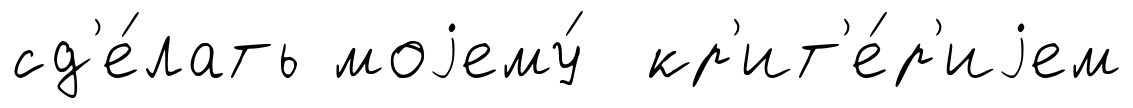
сд'е́лать моjему́ кр'ит'е́р'иjем